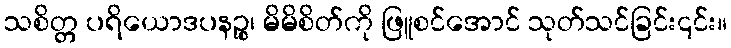
သစိတ္တ ပရိယောဒပနဉ္စ၊ မိမိစိတ်ကို ဖြူစင်အောင် သုတ်သင်ခြင်း၎င်း။